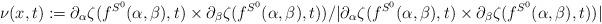
LaTeX: \begin{align*}\nu(x,t):= \partial_\alpha\zeta(f^{S^0}(\alpha,\beta),t)\times \partial_\beta\zeta(f^{S^0}(\alpha,\beta),t))/| \partial_\alpha\zeta(f^{S^0}(\alpha,\beta),t)\times \partial_\beta\zeta(f^{S^0}(\alpha,\beta),t))|\end{align*}